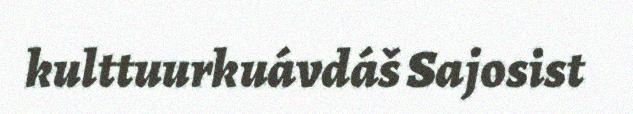
kulttuurkuávdáš Sajosist